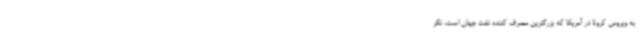
به ویروس کرونا در آمریکا که بزرگترین مصرف کننده نفت جهان است، نگر